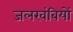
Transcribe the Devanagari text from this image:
जलखंबियों